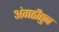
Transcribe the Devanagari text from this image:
अंगठीतुन